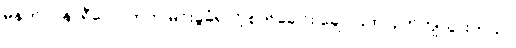
မနက် ၇ နာရီလောက်က မိုင်းခွဲခံရလို့ စက်ခေါင်း ချောင်းထဲပြုတ်ကျသွားတယ်။